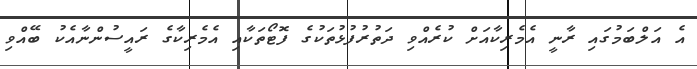
އެ އަލްބަމުގައި ރާނީ އެމެރިކާއަށް ކުރެއްވި ދަތުރުފުޅުތަކުގެ ފޮޓޯތަކާއި އެމެރިކާގެ ރައީސުންނާއެކު ބޭއްވި